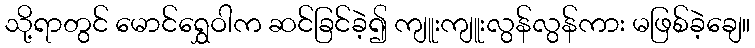
သို့ရာတွင် မောင်ရွှေဝါက ဆင်ခြင်ခဲ့၍ ကျူးကျူးလွန်လွန်ကား မဖြစ်ခဲ့ချေ။